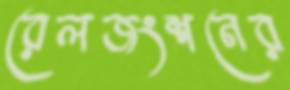
রেলজংশনের